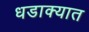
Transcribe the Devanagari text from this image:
धडाक्‍यात